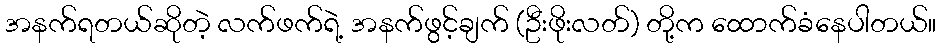
အနက်ရတယ်ဆိုတဲ့ လက်ဖက်ရဲ့ အနက်ဖွင့်ချက် (ဦးဖိုးလတ်) တို့က ထောက်ခံနေပါတယ်။